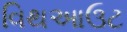
વિથઆઉટ